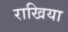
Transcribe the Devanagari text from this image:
राखिया